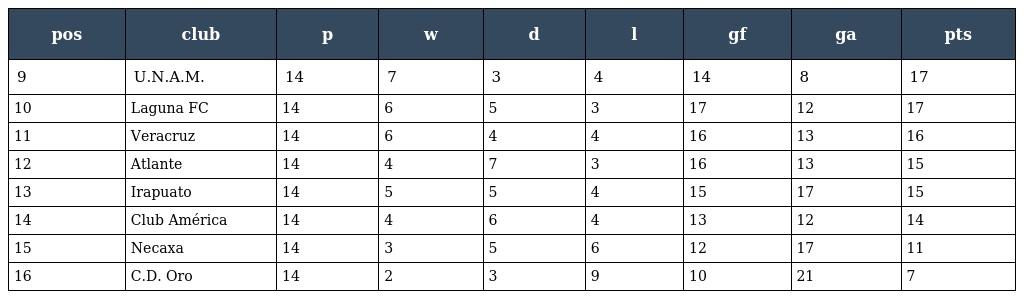
| pos | club | p | w | d | l | gf | ga | pts |
 | --- | --- | --- | --- | --- | --- | --- | --- | --- |
 | 9 | U.N.A.M. | 14 | 7 | 3 | 4 | 14 | 8 | 17 |
 | 10 | Laguna FC | 14 | 6 | 5 | 3 | 17 | 12 | 17 |
 | 11 | Veracruz | 14 | 6 | 4 | 4 | 16 | 13 | 16 |
 | 12 | Atlante | 14 | 4 | 7 | 3 | 16 | 13 | 15 |
 | 13 | Irapuato | 14 | 5 | 5 | 4 | 15 | 17 | 15 |
 | 14 | Club América | 14 | 4 | 6 | 4 | 13 | 12 | 14 |
 | 15 | Necaxa | 14 | 3 | 5 | 6 | 12 | 17 | 11 |
 | 16 | C.D. Oro | 14 | 2 | 3 | 9 | 10 | 21 | 7 |